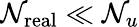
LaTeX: \mathcal{N}_{\mathrm{{real}}}\ll\mathcal{N}_{u}